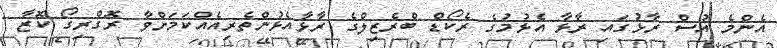
އެންމެ އުސް ރާޅުގައި ރާޅާ އެޅުމުގެ ރެކޯޑް ބްރެޒިލްގެ ރާޅާއެޅުންތެރިއެއްކަމަށްވާ ރޮގްރިގޯ ކޮޒާ